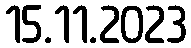
15.11.2023